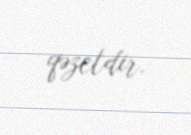
qəzetdir.